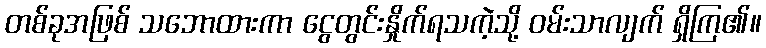
တစ်ခုအဖြစ် သဘောထားကာ ငွေတွင်းနှိုက်ရသကဲ့သို့ ဝမ်းသာလျက် ရှိကြ၏။